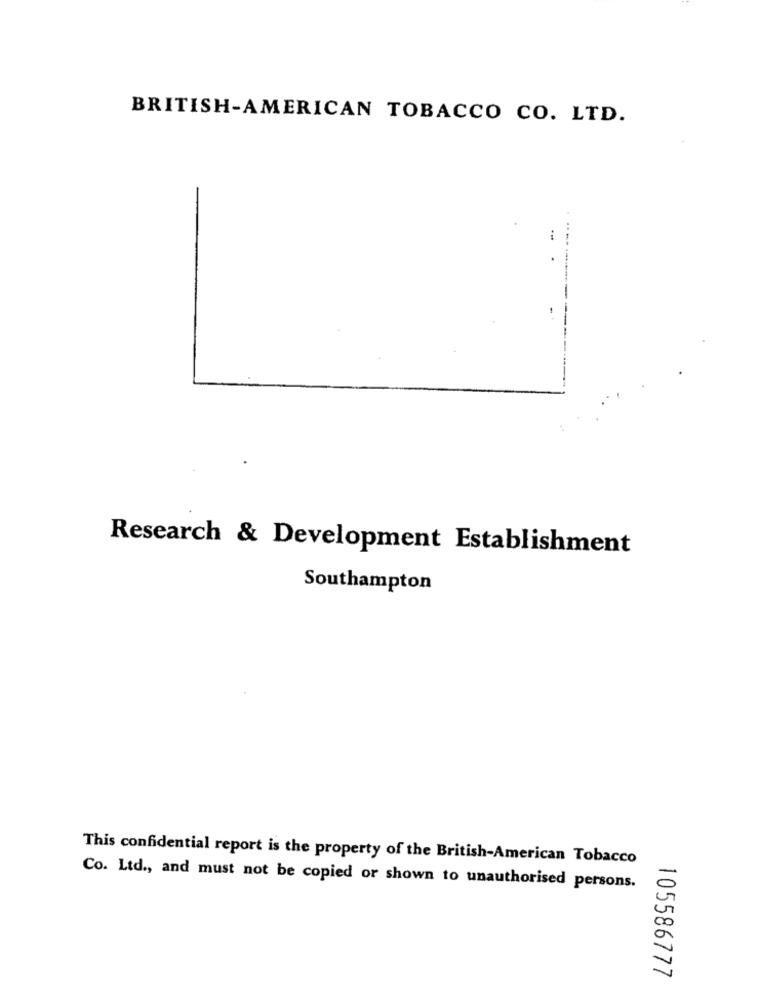
BRITISH-AMERICAN TOBACCO CO. LTD.
Research & Development Establishment
Southampton
This confidential report is the property of the British-American Tobacco
Co. Ltd ., and must not be copied or shown to unauthorised persons.
105586777